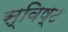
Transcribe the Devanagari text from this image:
स्विष्ट